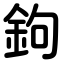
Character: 鉤